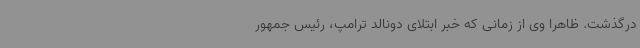
درگذشت. ظاهرا وی از زمانی که خبر ابتلای دونالد ترامپ، رئیس جمهور